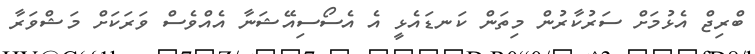
ބްރިޖް އެޅުމަށް ސަރުކާރުން މިތަން ކަނޑައެޅީ އެ އެސޯސިއޭޝަނާ އެއްވެސް ވަރަކަށް މަޝްވަރާ